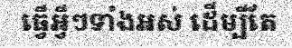
ធ្វើអ្វីៗទាំងអស់ ដើម្បីតែ